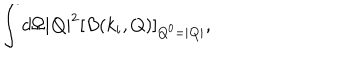
LaTeX: \int d \Omega | { \bf Q } | ^ { 2 } [ B ( k _ { i } , Q ) ] _ { Q ^ { 0 } = | { \bf Q } | } ,